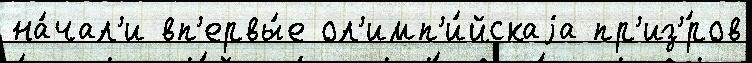
на́чал'и вп'ервы́е ол'имп'и́йскаjа пр'из'́ров